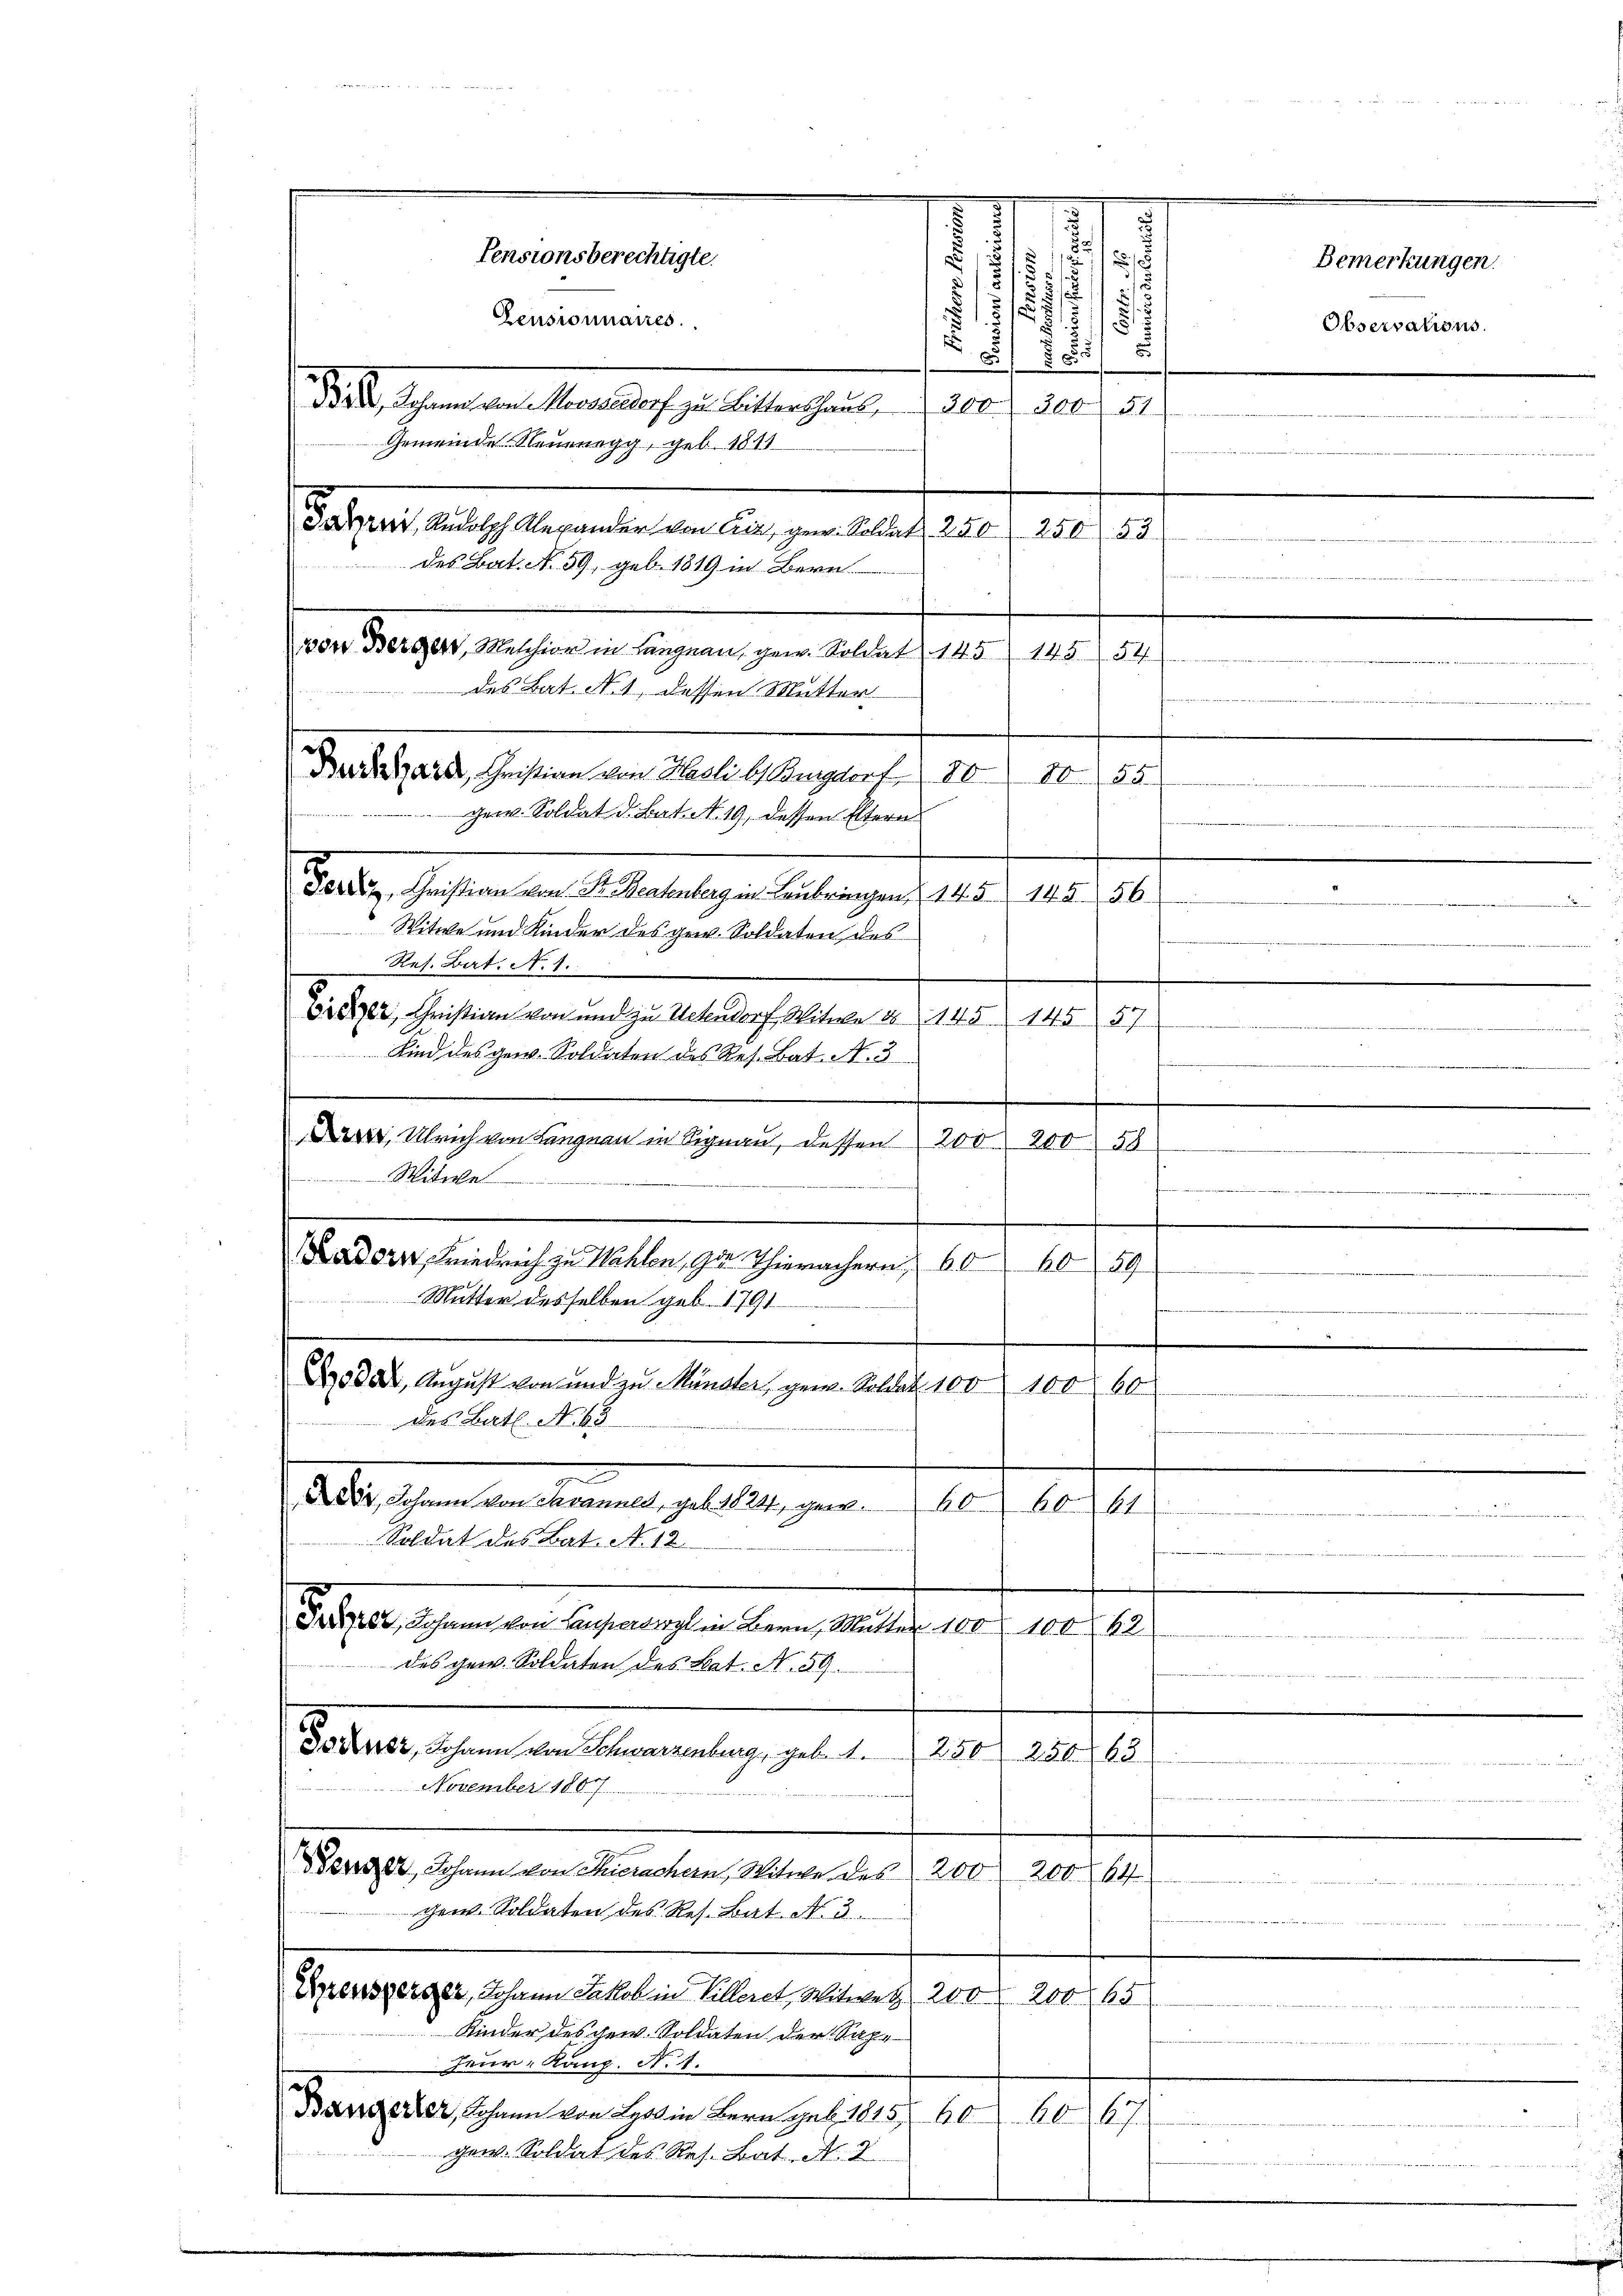
W
Pensionsberechtigte.

50
11
s
2
.
 1
d
.
Pensionnaires.
.

1835. Schen an Maria doch gestalten seine 200. Febr. 11
Gemeinde Neuenegg, geb. 1811
Jaszent, Rudolph Alexander von Air, gew. Soldat 250 f 250. 53
von Berger, Melchion in Langnau, gew. Soldat 145. 145. 54
des Bat. N. 1, dessen Mutter
Dedank, Christian von Hasli bis Bangdorf 80. 80. 55
gem. Soldat d. Bat. N. 19. dessen Eltern
dar Dr. Christian von Sr. Beatenberg in Laubringen 145. 145. 56.
Witwe und Kinder des gew. Soldaten des
Res. Bat. No. 1.
srezer, Christian von und zu Untendorf Witwe 18145. 14557
Kind des gew. Soldaten des Res. Bat. N. 3
 Ulrich von Langnen in Signau, dessen 200 200 58
Witwe
Ladorn, Friedrich zu Wahlen, zu Thierachern 60
60 (59
Mutter desselben geb. 1791
.
Löder, August von und zu Münster, gen. Soldat. 100 100 60
des Bat. No. 65
Dr Johann von Savannes, geb. 1824, gew. 606061
e
Soldat des Bat. No. 12.
t
Frer, Johann von Ansaal in Bern, Mutter 100. 100
12

des gew. Soldaten des Bat. N. 59.
Jocurer, Johann von Schwarzenburg, geb. 1. 250
256. 163
November 1807.
Denger, Johann von Thierachern, Witwe des 200 200
14
inter
cent. Soldaten des Res. Bat. No. 5.
Epresserger, Johann Jakob in Villeret, Witwet 200 f 200 65
Kinder des gew. Soldaten der Sup¬
Feur-Kanz. N. 1.
Banderer, Johann von Lys in Bern geb. 1815 60
60. 267.
gew. Soldat des Res. Bat. N. 2

des Bat. No. 59, geb. 1819 in Bern.

5

Observations.

Bemerkungen.

n

.

e
.

e

i
.

n

|

d   ei

wie immen